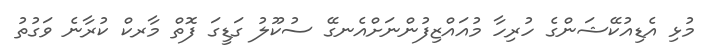
މުޅި އެޑިއުކޭޝަންގެ ހުރިހާ މުއައްޒިފުންނަށްއެނގޭ ސުކޫލު ގަޑީގަ ފޮތް މާރކް ކުރާނެ ވަގުތު